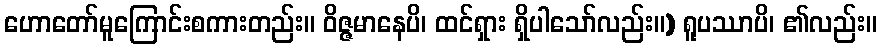
ဟောတော်မူကြောင်းစကားတည်း။ ဝိဇ္ဇမာနေပိ၊ ထင်ရှား ရှိပါသော်လည်း။) ရူပဿာပိ၊ ၏လည်း။